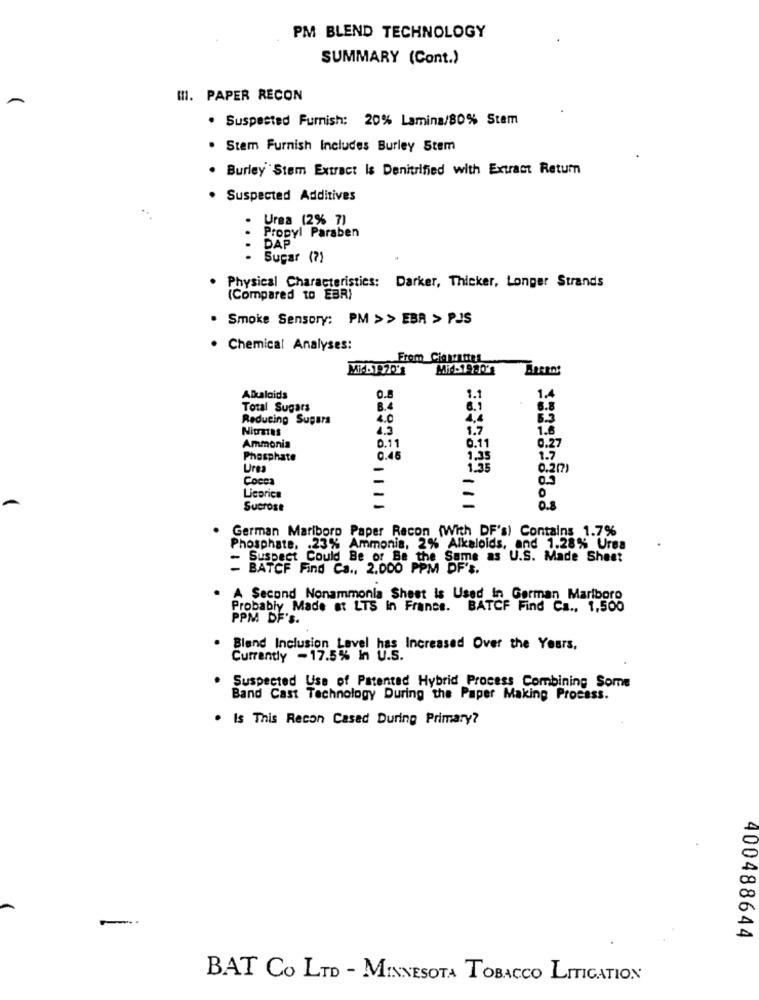
PM BLEND TECHNOLOGY
SUMMARY (Cont.)
-
III. PAPER RECON
· Suspected Furnish: 20% Lamina/80% Stem
. Stem Furnish Includes Burley 5tem
. Burley Stem Extract Is Denitrified with Extract Retum
Suspected Additives
Urea (2% 7)
DAP
Propyl Paraben
Sugar (7)
....
Physical Characteristics: Darker, Thicker, Longer Strands
(Compared to EBR)
. Smoke Sensory: PM >> EBR > PJS
. Chemical Analyses:
From Cianades
Alkaloids
0.8
Total Sugars
8.4
8.1
Reducing Sugars
4.0
4,4
NinaTus
1.7
Ammonia
0.11
0.11
0.27
Phosphate
0.46
1.35
1.7
Urea
1.35
0.2(7)
Cocca
-
Lieprice
-
0
Sucrose
0.8
German Marlboro Paper Recon (With DF's) Contains 1.7%
Phosphate. . 23% Ammonis, 2% Alkaloids, and 1.28% Urea
- Suspect Could Be or Be the Same as U.S. Made Sheet
- BATCF Find Ca ., 2.000 PPM DF's.
A Second Nonammonia Sheet is Used in German Marlboro
Probably Made at LTS In France. BATCF Find Ca ., 1,500
PPM DF'S.
Blend Inclusion Level has Increased Over the Years,
Currently -17.5% In U.S.
Suspected Use of Patented Hybrid Process Combining Some
Band Cast Technology During the Paper Making Process.
. Is This Recon Cased During Primary?
400488644
BAT Co LTD - MINNESOTA TOBACCO LITIGATION